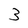
Character: 3